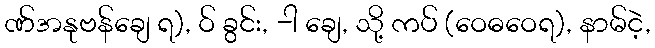
ဏ်အနုဗန်ချေ ရ), ဝ် ခွင်း, -ါ ချေ, သို့ ကပ် (ဝေဓဝေရ), နာမ်ငဲ့,